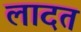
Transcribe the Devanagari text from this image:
लादत